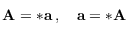
\mathbf { A } = * \mathbf { a } \, , \quad \mathbf { a } = * \mathbf { A }